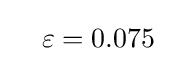
\quad \varepsilon =0.075\quad